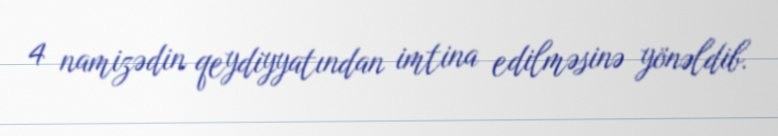
4 namizədin qeydiyyatından imtina edilməsinə yönəldib.